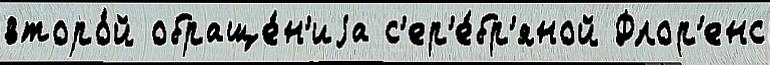
второ́й обраще́н'иjа с'ер'е́бр'яной Флор'енс